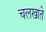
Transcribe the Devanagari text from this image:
चलखाते